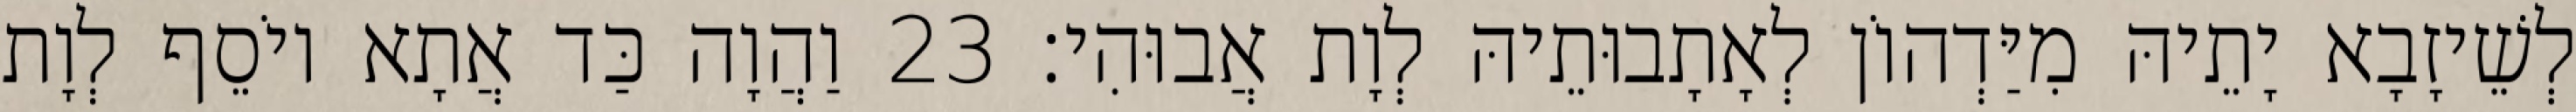
לְשֵׁיזָבָא יָתֵיהּ מִיַּדְהוֹן לְאָתָבוּתֵיהּ לְוָת אֲבוּהִי׃ 23 וַהֲוָה כַּד אֲתָא יוֹסֵף לְוָת